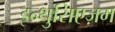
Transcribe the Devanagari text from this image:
इन्थुसिएज़म